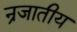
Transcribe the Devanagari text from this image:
न्रजातीय